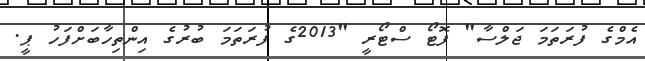
އެމްގެ ފުރަތަމަ ޖަލްސާ" ފޮޓޯ ސްޓޯރީ "2013ގެ ފުރަތަމަ ބުރުގެ އިންތިހާބަށްފަހު ޕީ.